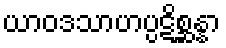
ယာဝဒသာဟပ္ပဋိစ္ဆန္နာ